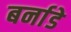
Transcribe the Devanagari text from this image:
बर्नाडे